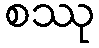
စဿု